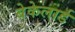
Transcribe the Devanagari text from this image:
बेकेलार्ड